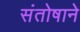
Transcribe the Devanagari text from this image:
संतोषाने